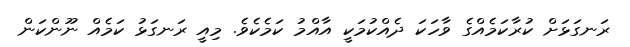
ރަނގަޅަށް ކުރާކަމެއްގެ ވާހަކަ ދެއްކުމަކީ އާއްމު ކަމެކެވެ. މިއީ ރަނގަޅު ކަމެއް ނޫންކަން